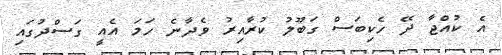
އެ ކުއްޖާ ދޭ ހެކިބަސް ގަބޫލު ކުރާއިރު ވެދާނެ ހަމަ އެއީ ގަސްދުގައި